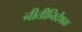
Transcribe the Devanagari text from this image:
नीतीनिर्देषक